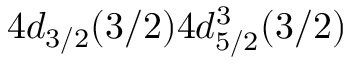
4 d _ { 3 / 2 } ( 3 / 2 ) 4 d _ { 5 / 2 } ^ { 3 } ( 3 / 2 )